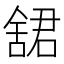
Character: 𬜋